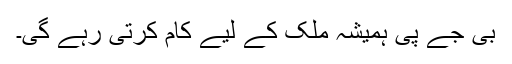
بی جے پی ہمیشہ ملک کے لیے کام کرتی رہے گی۔